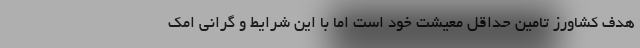
هدف کشاورز تامین حداقل معیشت خود است اما با این شرایط و گرانی امک